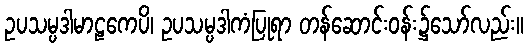
ဥပသမ္ပဒါမာဠကေပိ၊ ဥပသမ္ပဒါကံပြုရာ တန်ဆောင်းဝန်း၌သော်လည်း။